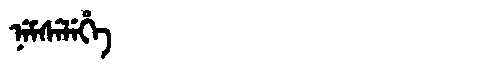
Manchu: ᠨᡝᠮᠰᡝᠯᡝᡥᡝ
Romanization: NEMSELEHE